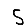
Digit: 5